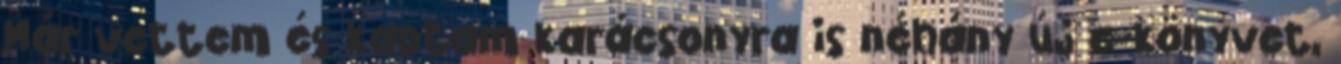
Már vettem és kaptam karácsonyra is néhány új e-könyvet,